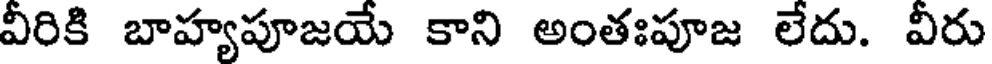
వీరికి బాహ్యపూజయే కాని అంతఃపూజ లేదు. వీరు